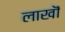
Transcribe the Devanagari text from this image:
लाखॊं